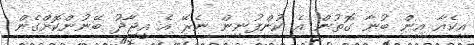
އިކެއާ އިން ބުނާ ގޮތުން އެ ކުންފުނިން ނެރޭ އެ އީޖާދު ބޭނުންކޮށްގެން